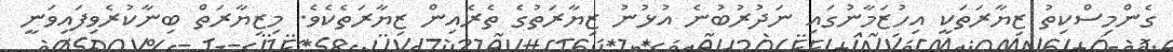
ގެންމިސްކިތު ޒިޔާރަތަކީ އިހުޒަމާނުގައި ނަދުރުބުނެ އުޅުނު ޒިޔާރަތުގެ ތެރެއިން ޒިޔާރަތެކެވެ. މިޒިޔާރަތް ބިނާކުރެވިފައިވަނީ